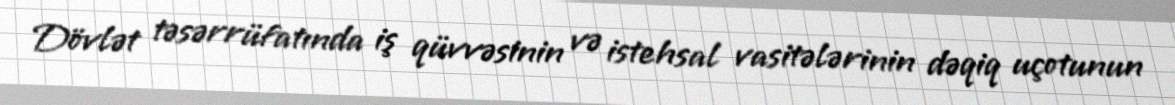
Dövlət təsərrüfatında iş qüvvəsinin və istehsal vasitələrinin dəqiq uçotunun